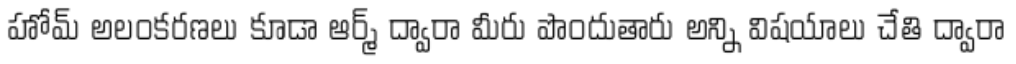
హోమ్ అలంకరణలు కూడా ఆర్మ్ ద్వారా మీరు పొందుతారు అన్ని విషయాలు చేతి ద్వారా